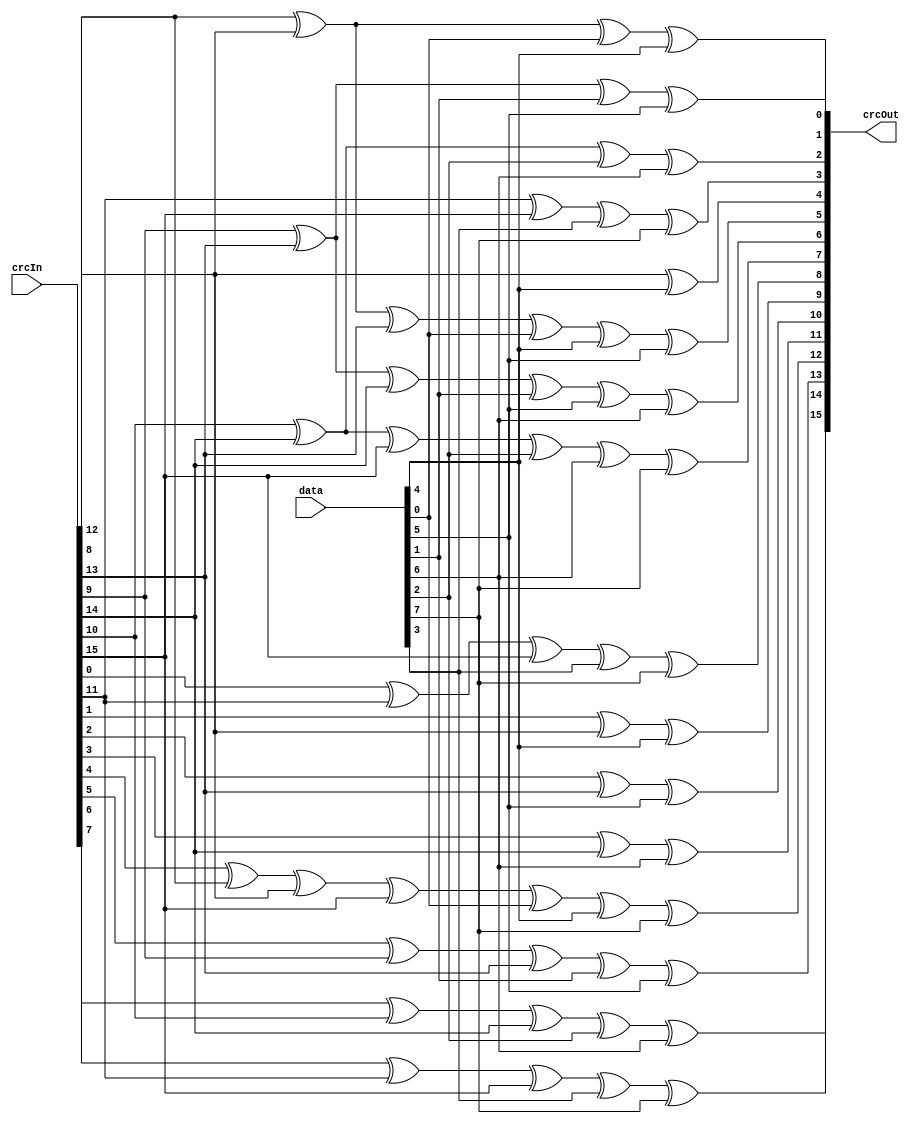
module CRC16_CCITT (
    input [15:0] crcIn,
    input [7:0] data,
    output [15:0] crcOut
);
    assign crcOut[0] = crcIn[8] ^ crcIn[12] ^ data[0] ^ data[4];
    assign crcOut[1] = crcIn[9] ^ crcIn[13] ^ data[1] ^ data[5];
    assign crcOut[2] = crcIn[10] ^ crcIn[14] ^ data[2] ^ data[6];
    assign crcOut[3] = crcIn[11] ^ crcIn[15] ^ data[3] ^ data[7];
    assign crcOut[4] = crcIn[12] ^ data[4];
    assign crcOut[5] = crcIn[8] ^ crcIn[12] ^ crcIn[13] ^ data[0] ^ data[4] ^ data[5];
    assign crcOut[6] = crcIn[9] ^ crcIn[13] ^ crcIn[14] ^ data[1] ^ data[5] ^ data[6];
    assign crcOut[7] = crcIn[10] ^ crcIn[14] ^ crcIn[15] ^ data[2] ^ data[6] ^ data[7];
    assign crcOut[8] = crcIn[0] ^ crcIn[11] ^ crcIn[15] ^ data[3] ^ data[7];
    assign crcOut[9] = crcIn[1] ^ crcIn[12] ^ data[4];
    assign crcOut[10] = crcIn[2] ^ crcIn[13] ^ data[5];
    assign crcOut[11] = crcIn[3] ^ crcIn[14] ^ data[6];
    assign crcOut[12] = crcIn[4] ^ crcIn[8] ^ crcIn[12] ^ crcIn[15] ^ data[0] ^ data[4] ^ data[7];
    assign crcOut[13] = crcIn[5] ^ crcIn[9] ^ crcIn[13] ^ data[1] ^ data[5];
    assign crcOut[14] = crcIn[6] ^ crcIn[10] ^ crcIn[14] ^ data[2] ^ data[6];
    assign crcOut[15] = crcIn[7] ^ crcIn[11] ^ crcIn[15] ^ data[3] ^ data[7];
endmodule